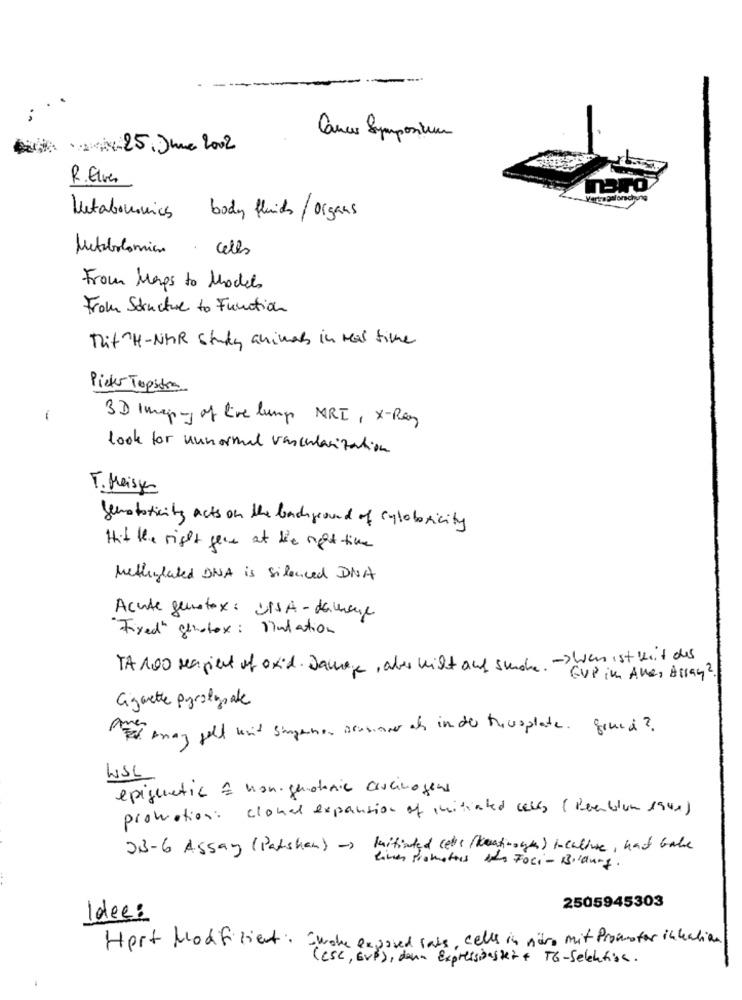
Cancer Symposium
But i 25 June 2002
R.Elves
Metabocomics body fluids / organs
Metabolomien . Cells
From Margs to Models
From Structure to Function
Thit H-NHR study animals in real time
Pieter Topstore
-
3D Imap- of live lungs NRI, X-Ray
look for unnormal vascularization
T. Meisje
genotoxicity acts on the beach ground of cytoboricity
Hit the right gece at the right time
Methylated DNA is Silenced DNA
Acute genatox : UNSA- dachange
Fixed" Sthatex : Mutation
TA 100 reagiert of oxid. Damage, aber wilt auf suche. - Wen ist weit des
CVP in Alles Assay ?
Cigarette Pyrolysale
Er may gell wat singenen scanner at in de trusplate. Grund ?
WSL
epigenetic & kongenatoria crucinogens
promotion: clonal expansion of initiated cells (Revenblom 1900)
23-6 Assay (Patshan) -> Initiated cette (keath-oge) Inculture, hat Gabe
einen Prometeus en Foci- Bildung.
2505945303
Idee:
Hert Modifiziert: Eurohe exposed lats, celles in när mit Promoter inkatien
(CSC, GVB), dann Expressionstet+ MG-Selekfisc.